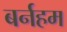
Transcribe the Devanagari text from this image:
बर्नहम